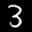
Label: 3